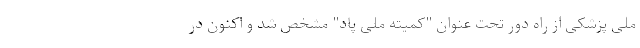
ملی پزشکی از راه دور تحت عنوان "کمیته ملی پاد" مشخص شد و اکنون در